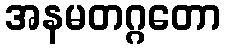
အနမတဂ္ဂတော